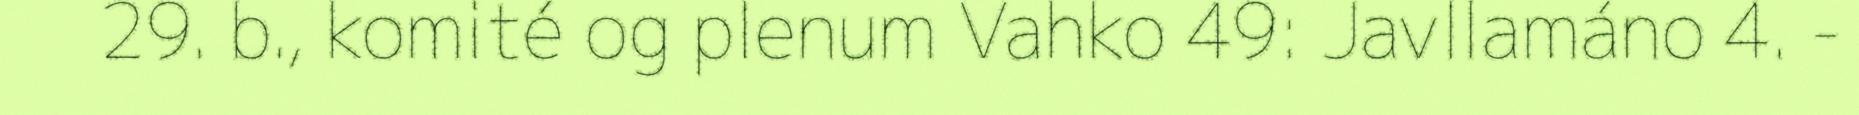
29. b., komité og plenum Vahko 49: Javllamáno 4. -